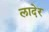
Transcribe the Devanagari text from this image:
लादेर